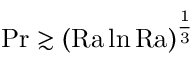
\mathrm { { P r } \gtrsim ( \mathrm { { R a } } \ln \mathrm { { R a } } ) ^ { \frac 1 3 } }